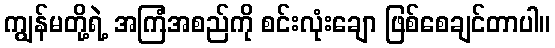
ကျွန်မတို့ရဲ့ အကြံအစည်ကို စင်းလုံးချော ဖြစ်စေချင်တာပါ။